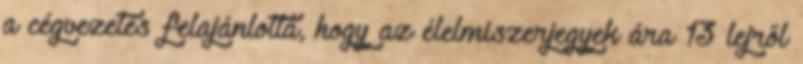
a cégvezetés felajánlotta, hogy az élelmiszerjegyek ára 13 lejről